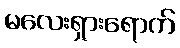
မလေးရှားရောက်